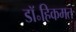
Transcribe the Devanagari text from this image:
डॉ॰हिकमत